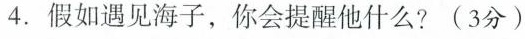
4.假如遇见海子，你会提醒他什么?(3分)